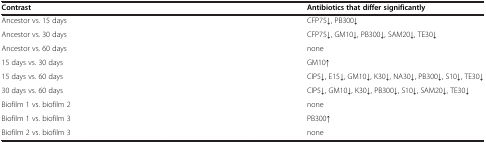
<table><thead><tr><td><b>Contrast</b></td><td><b>Antibiotics that differ significantly</b></td></tr></thead><tbody><tr><td>Ancestor vs. 15 days</td><td>CFP75↓, PB300↓</td></tr><tr><td>Ancestor vs. 30 days</td><td>CFP75↓, GM10↓, PB300↓, SAM20↓, TE30↓</td></tr><tr><td>Ancestor vs. 60 days</td><td>none</td></tr><tr><td>15 days vs. 30 days</td><td>GM10↑</td></tr><tr><td>15 days vs. 60 days</td><td>CIP5↓, E15↓, GM10↓, K30↓, NA30↓, PB300↓, S10↓, TE30↓</td></tr><tr><td>30 days vs. 60 days</td><td>CIP5↓, GM10↓, K30↓, PB300↓, S10↓, SAM20↓, TE30↓</td></tr><tr><td>Biofilm 1 vs. biofilm 2</td><td>none</td></tr><tr><td>Biofilm 1 vs. biofilm 3</td><td>PB300↑</td></tr><tr><td>Biofilm 2 vs. biofilm 3</td><td>none</td></tr></tbody></table>